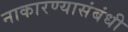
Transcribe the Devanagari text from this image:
नाकारण्यासंबंधी